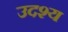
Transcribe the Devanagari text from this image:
उदश्य